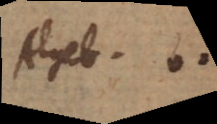
Algeb. ..